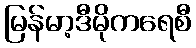
မြန်မာ့ဒီမိုကရေစီ